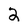
Character: 2